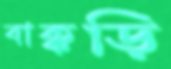
বাক্কড়ি